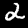
Label: 2